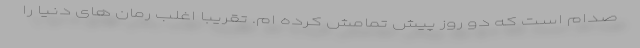
صدام است که دو روز پیش تمامش کرده ام. تقریبا اغلب رمان های دنیا را